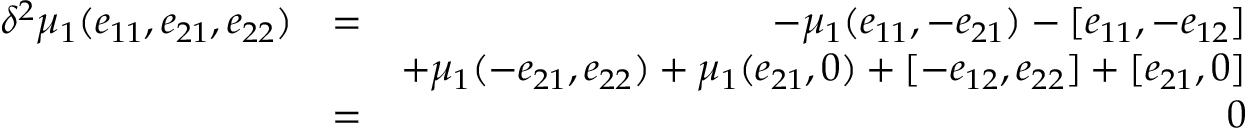
\begin{array} { r l r } { \delta ^ { 2 } \mu _ { 1 } ( e _ { 1 1 } , e _ { 2 1 } , e _ { 2 2 } ) } & { = } & { - \mu _ { 1 } ( e _ { 1 1 } , - e _ { 2 1 } ) - [ e _ { 1 1 } , - e _ { 1 2 } ] } \\ & { } & { + \mu _ { 1 } ( - e _ { 2 1 } , e _ { 2 2 } ) + \mu _ { 1 } ( e _ { 2 1 } , 0 ) + [ - e _ { 1 2 } , e _ { 2 2 } ] + [ e _ { 2 1 } , 0 ] } \\ & { = } & { 0 } \end{array}